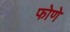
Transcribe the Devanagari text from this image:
फोणे